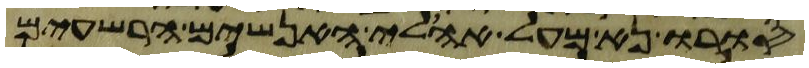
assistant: סורו נא מעל אהלי האנשים הרשעים